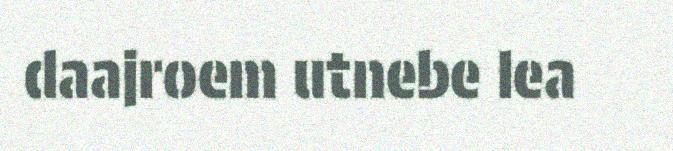
daajroem utnebe lea